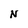
Character: N